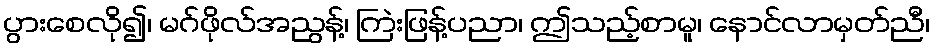
ပွားစေလို၍၊ မဂ်ဖိုလ်အညွန့်၊ ကြဲးဖြန့်ပညာ၊ ဤသည့်စာမူ၊ နောင်လာမှတ်ညီ၊